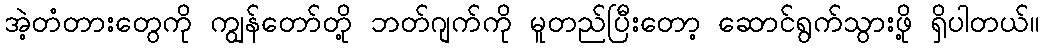
အဲ့တံတားတွေကို ကျွန်တော်တို့ ဘတ်ဂျက်ကို မူတည်ပြီးတော့ ဆောင်ရွက်သွားဖို့ ရှိပါတယ်။